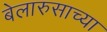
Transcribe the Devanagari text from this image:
बेलारुसाच्या